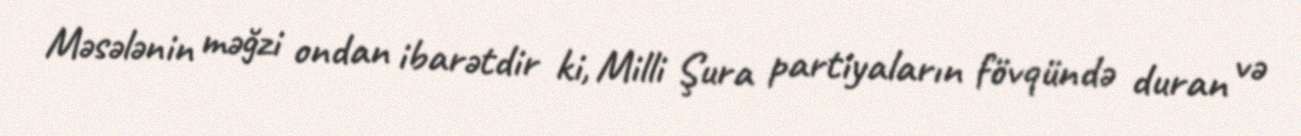
Məsələnin məğzi ondan ibarətdir ki, Milli Şura partiyaların fövqündə duran və